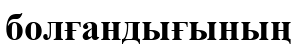
болғандығының